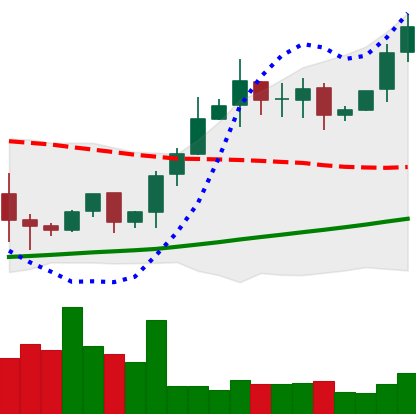
Ticker: BTC-USD
Chart end date: 2020-10-20
Forward return: 9.356%
Label: up_7plus